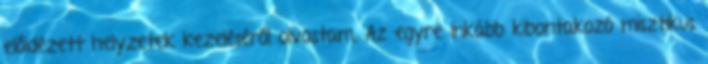
előidézett helyzetek kezeléséről olvastam. Az egyre inkább kibontakozó misztikus